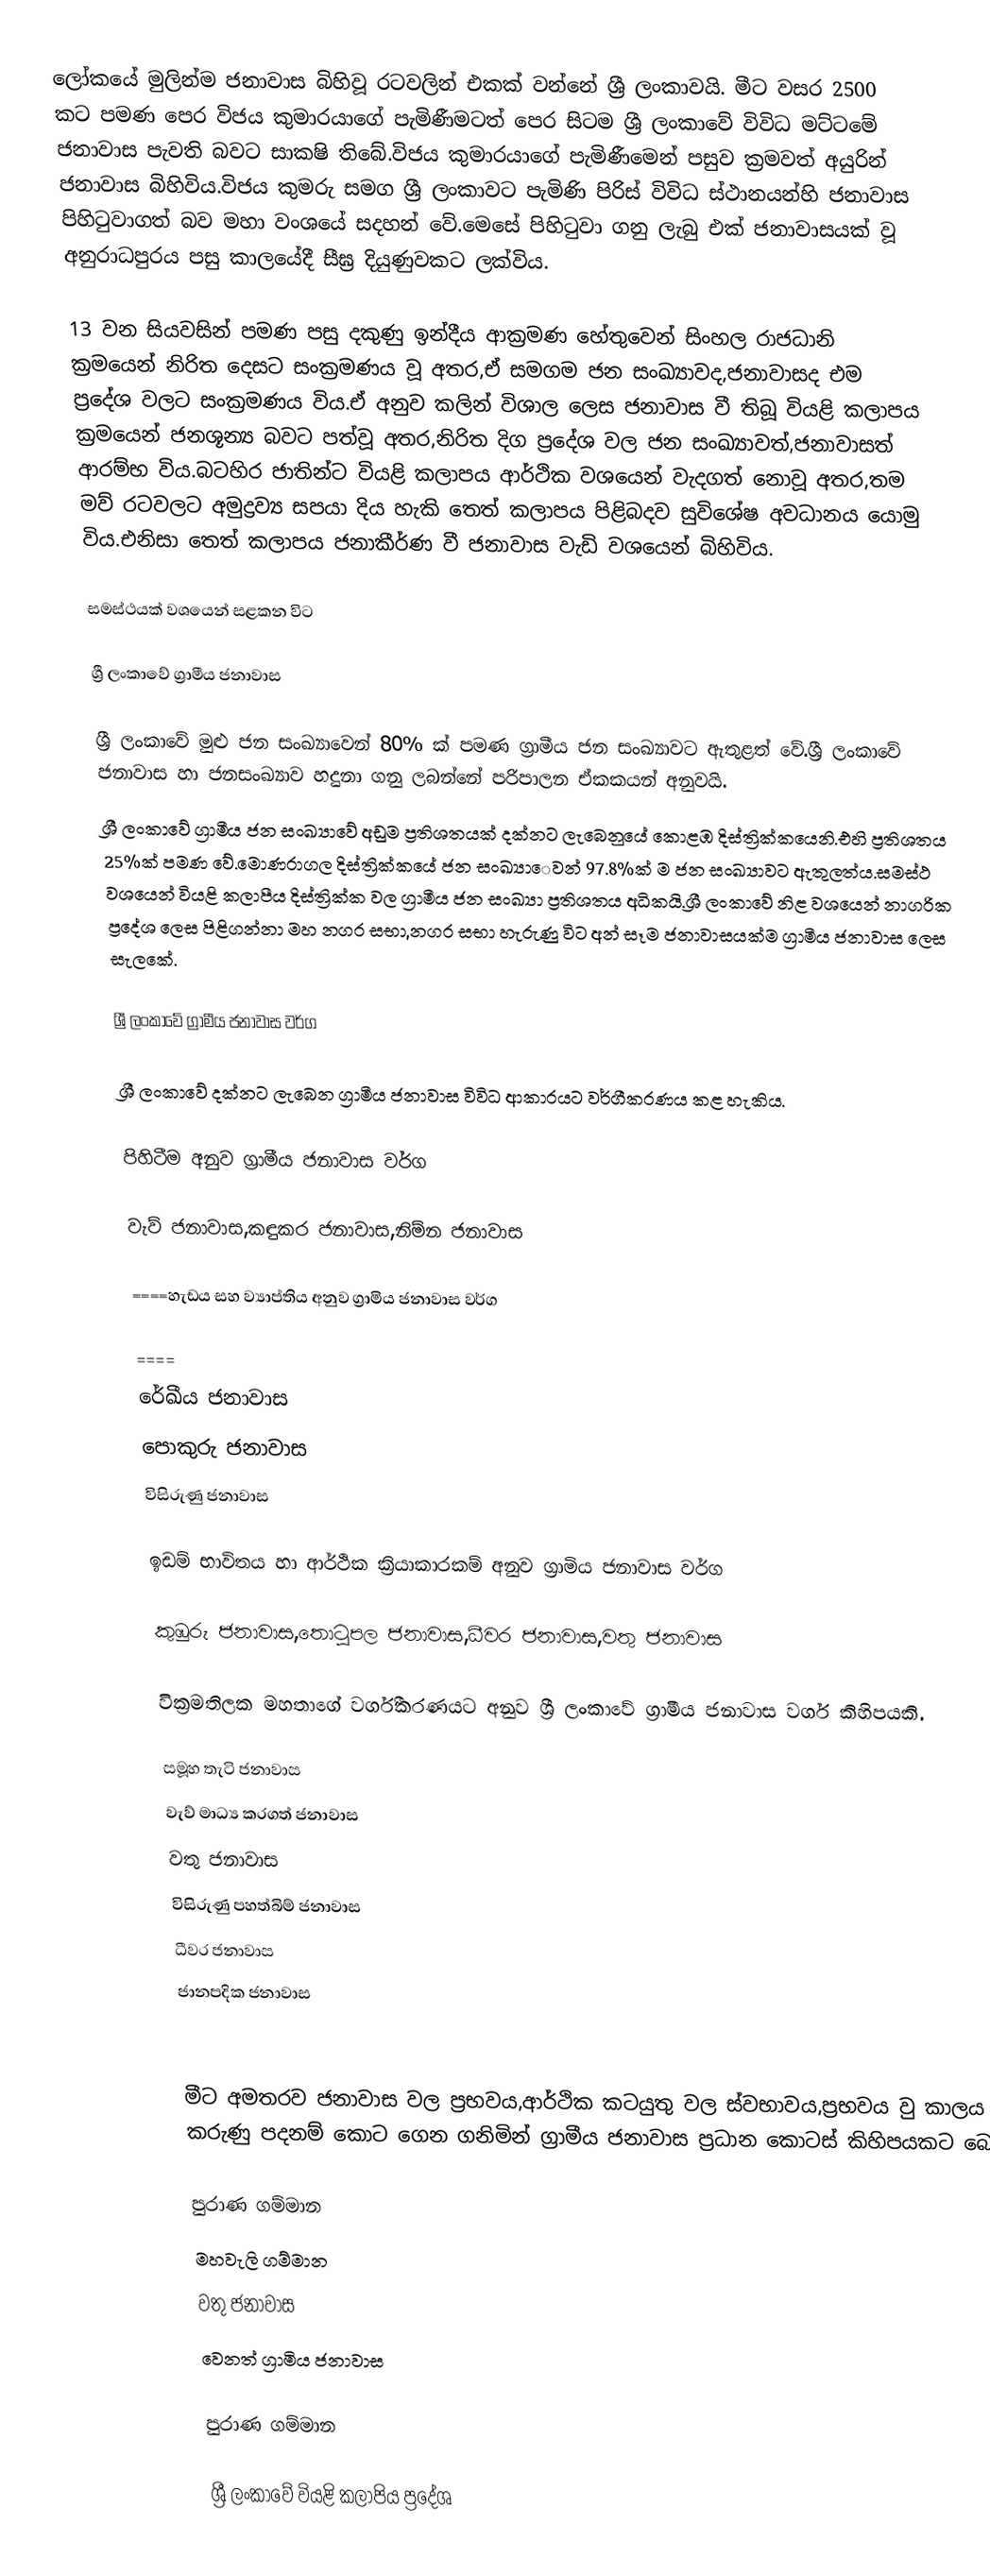
ලෝකයේ මුලින්ම ජනාවාස බිහිවූ රටවලින් එකක් වන්නේ ශ්‍රී ලංකාවයි. මීට වසර 2500 කට පමණ පෙර විජය කුමාරයාගේ පැමිණීමටත් පෙර සිටම ශ්‍රී  ලංකාවේ විවිධ මට්ටමේ ජනාවාස පැවති බවට සාක‍ෂි තිබේ.විජය කුමාරයාගේ පැමිණීමෙන්  පසුව ක්‍රමවත් අයුරින් ජනාවාස බිහිවිය.විජය කුමරු සමග ශ්‍රී ලංකාවට පැමිණි පිරිස් විවිධ ස්ථානයන්හි ජනාවාස පිහිටුවාගත් බව මහා වංශයේ සදහන් වේ.මෙසේ පිහිටුවා ගනු ලැබු එක් ජනාවාසයක් වූ අනුරාධපුරය පසු කාලයේදී සීඝ්‍ර දියුණුවකට ලක්විය.

13 වන සියවසින් පමණ පසු දකුණු ඉන්දීය ආක්‍රමණ හේතුවෙන් සිංහල රාජධානි ක්‍රමයෙන් නිරිත දෙසට සංක්‍රමණය වූ අතර,ඒ සමගම ජන සංඛ්‍යාවද,ජනාවාසද  එම ප්‍රදේශ වලට සංක්‍රමණය විය.ඒ අනුව කලින් විශාල ලෙස ජනාවාස වී තිබූ වියළි කලාපය ක්‍රමයෙන් ජනශූන්‍ය බවට පත්වූ අතර,නිරිත දිග ප්‍රදේ‍ශ වල ජන සංඛ්‍යාවත්,ජනාවාසත් ආරම්භ විය.බටහිර  ජාතින්ට වියළි කලාපය ආර්ථික වශයෙන් වැදගත් නොවූ අතර,තම මව් රටවලට අමුද්‍රව්‍ය සපයා දිය හැකි තෙත් කලාපය පිළිබදව සුවිශේෂ අවධානය යොමු විය.එනිසා තෙත් කලාපය ජනාකීර්ණ වී ජනාවාස වැඩි වශයෙන් බිහිවිය.

සමස්ථයක් වශයෙන් සළකන විට

ශ්‍රී ලංකාවේ ග්‍රාමීය ජනාවාස

ශ්‍රී ලංකාවේ මුළු ජන සංඛ්‍යාවෙන් 80% ක් පමණ ග්‍රාමීය ජන සංඛ්‍යාවට  ඇතුළත් වේ.ශ්‍රී ලංකාවේ ජනාවාස හා ජනසංඛ්‍යාව  හදුනා ගනු ලබන්නේ පරිපාලන ඒකකයන් අනුවයි.
ශ්‍රී ලංකාවේ ග්‍රාමීය ජන සංඛ්‍යාවේ අඩුම ප්‍රතිශතයක් දක්නට ලැබෙනුයේ කොළඹ දිස්ත්‍රික්ක‍යෙනි.එහි ප්‍රතිශතය 25%ක් පමණ වේ.මොණරාගල දිස්ත්‍රික්කයේ  ජන සංඛ්‍යාෙවන් 97.8%ක් ම ජන සංඛ්‍යාවට ඇතුලත්ය.සමස්ථ වශයෙන් වියළි කලාපීය දිස්ත්‍රික්ක වල ග්‍රාමීය ජන සංඛ්‍යා ප්‍රතිශතය අධිකයි.ශ්‍රී ලංකාවේ නිළ වශයෙන් නාගරික ප්‍රදේශ ලෙස පිළිගන්නා මහ නගර සභා,නගර සභා හැරුණු විට අන් සෑම ජනාවාසයක්ම ග්‍රාමීය ජනාවාස ලෙස සැලකේ.

ශ්‍රී ලංකාවේ ග්‍රාමීය ජනාවාස වර්ග

ශ්‍රී ලංකාවේ දක්නට ලැබෙන ග්‍රාමීය ජනාවාස විවිධ ආකාරයට වර්ගීකරණය කළ හැකිය.

පිහිටීම අනුව ග්‍රාමීය ජනාවාස වර්ග

වැව් ජනාවාස,කඳුකර ජනාවාස,නිම්න ජනාවාස

====හැඩය සහ ව්‍යාප්තිය අනුව ග්‍රාමිය ජනාවාස වර්ග

====
රේඛීය ජනාවාස
පොකුරු ජනාවාස
විසිරුණු ජනාවාස

ඉඩම් භාවිතය හා ආර්ථික ක්‍රියාකාරකම් අනුව ග්‍රාමිය ජනාවාස වර්ග

කුඹුරු ජනාවාස,තොටුපල ජනාවාස,ධීවර ජනාවාස,වතු ජනාවාස

වික්‍රමතිලක මහතාගේ වර්ගීකරණයට අනුව ශ්‍රී ලංකාවේ ග්‍රාමීය ජනාවාස වර්ග කිහිපයකි.

සමූහ තැටි ජනාවාස
වැව් මාධ්‍ය කරගත් ජනාවාස
වතු ජනාවාස
විසිරුණු පහත්බිම් ජනාවාස
ධීවර ජනාවාස
ජානපදික ජනාවාස

මීට අමතරව ජනාවාස වල ප්‍රභවය,ආර්ථික කටයුතු වල ස්වභාවය,ප්‍රභවය වු කාලය වැනි කරුණු පදනම් කොට ගෙන ගනිමින් ග්‍රාමීය ජනාවාස ප්‍රධාන කොටස් කිහිපයකට බෙදේ.

පුරාණ ගම්මාන
මහවැලි ගම්මාන
වතු ජනාවාස
වෙනත් ග්‍රාමිය ජනාවාස

පුරාණ ගම්මාන

ශ්‍රී ලංකාවේ වියළි කලාපිය ප්‍රදේශ